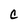
Character: C